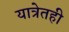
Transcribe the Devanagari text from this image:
यात्रेतही